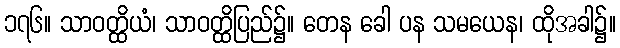
၁၇၆။ သာဝတ္ထိယံ၊ သာဝတ္ထိပြည်၌။ တေန ခေါ ပန သမယေန၊ ထိုအခါ၌။